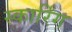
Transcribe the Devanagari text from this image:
स्कार्रिंग